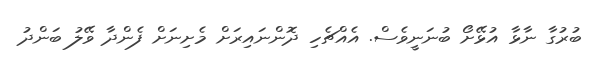
ބުރުގާ ނާޅާ އުޅޭށޯ ބުނަނީވެސް. އެއްޗެހި ދޮންނައިރަށް މެށިނަށް ފެންދާ ވޭލު ބަންދު